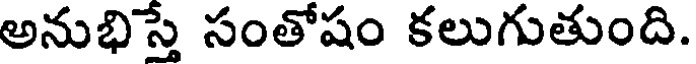
అనుభిస్తే సంతోషం కలుగుతుంది.